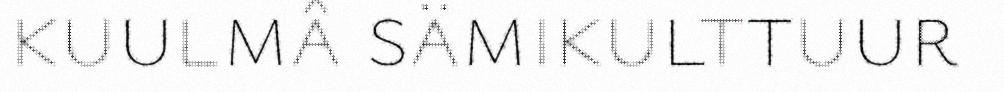
kuulmâ sämikulttuur